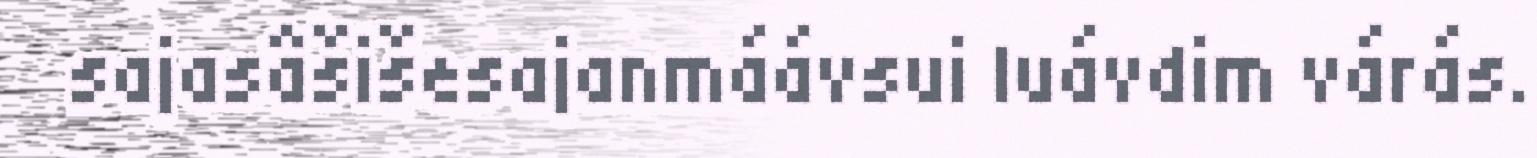
sajasâšišesajanmáávsui luávdim várás.